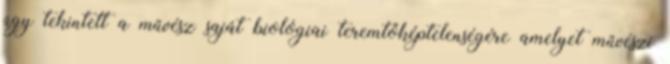
úgy tekintett a művész saját biológiai teremtőképtelenségére amelyet művészi